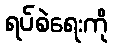
ရပ်စဲရေးကို